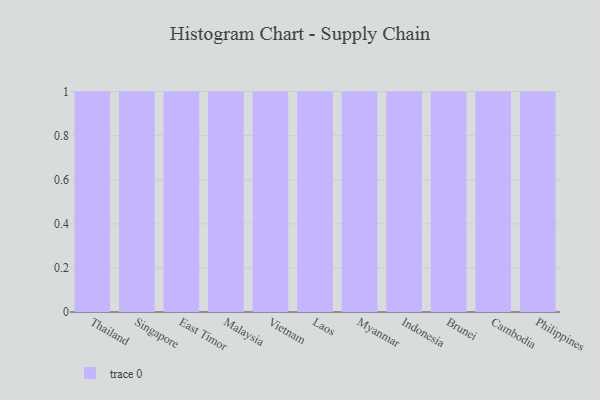
{"axis": {"x": "Country", "y": "Conversion Rate (%)"}, "legend": [""], "data": [{"x": "Thailand", "y": 96, "type": ""}, {"x": "Singapore", "y": 57, "type": ""}, {"x": "East Timor", "y": 78, "type": ""}, {"x": "Malaysia", "y": 95, "type": ""}, {"x": "Vietnam", "y": 3, "type": ""}, {"x": "Laos", "y": 47, "type": ""}, {"x": "Myanmar", "y": 93, "type": ""}, {"x": "Indonesia", "y": 83, "type": ""}, {"x": "Brunei", "y": 67, "type": ""}, {"x": "Cambodia", "y": 66, "type": ""}, {"x": "Philippines", "y": 84, "type": ""}]}